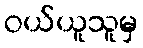
ဝယ်ယူသူမှ